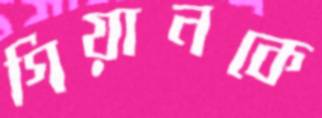
গিয়ানকে